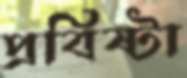
প্রবিষ্টা